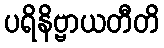
ပရိနိဗ္ဗာယတီတိ